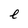
Character: e